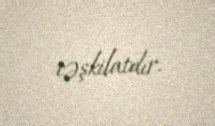
təşkilatdır.